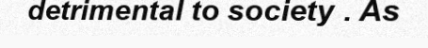
detrimental to society . As